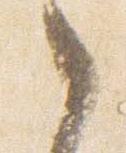
之